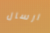
ارسال